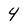
Character: 4